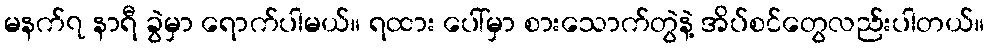
မနက်၇ နာရီ ခွဲမှာ ရောက်ပါမယ်။ ရထား ပေါ်မှာ စားသောက်တွဲနဲ့ အိပ်စင်တွေလည်းပါတယ်။